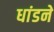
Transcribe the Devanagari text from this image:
धांडने